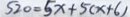
S 2 0 = 5 x + 5 ( x + 6 )